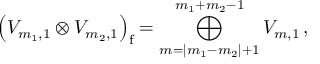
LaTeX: \left( { \cal V } _ { m _ { 1 } , 1 } \otimes { \cal V } _ { m _ { 2 } , 1 } \right) _ { \mathrm f } = \bigoplus _ { m = | m _ { 1 } - m _ { 2 } | + 1 } ^ { m _ { 1 } + m _ { 2 } - 1 } { \cal V } _ { m , 1 } \, ,